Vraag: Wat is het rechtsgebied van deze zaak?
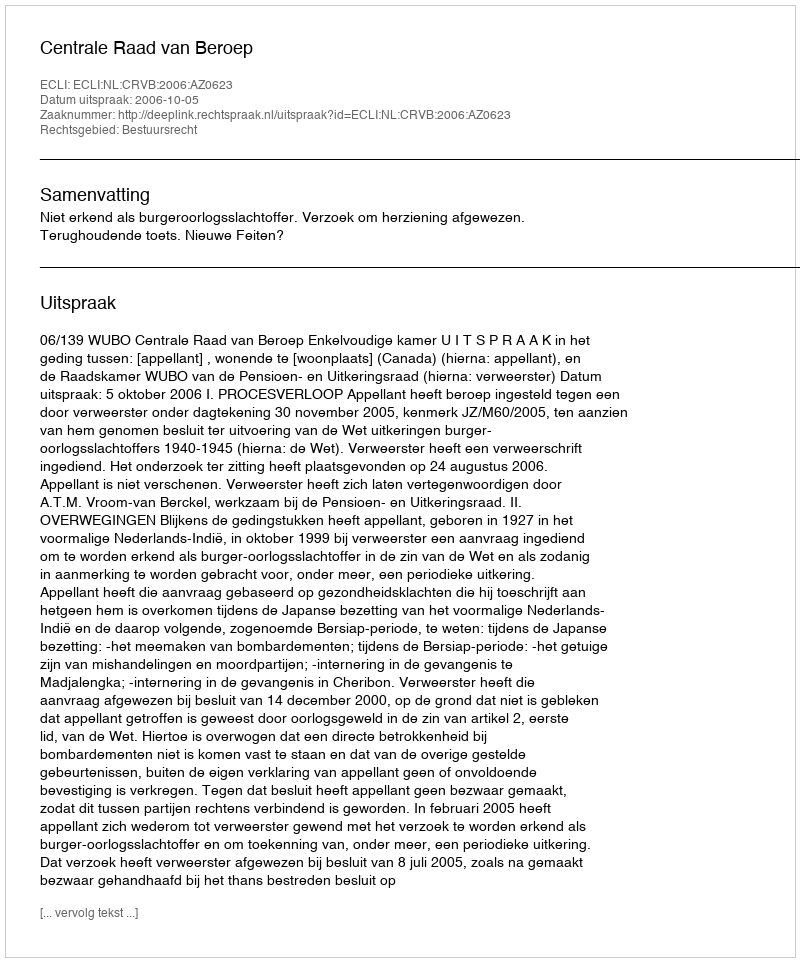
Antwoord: Bestuursrecht